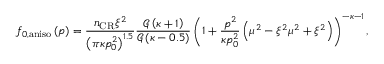
f _ { 0 , \mathrm { a n i s o } } \left( \boldsymbol { p } \right) = \frac { n _ { \mathrm { C R } } \xi ^ { 2 } } { \left( \pi \kappa p _ { 0 } ^ { 2 } \right) ^ { 1 . 5 } } \frac { \mathcal { G } \left( \kappa + 1 \right) } { \mathcal { G } \left( \kappa - 0 . 5 \right) } \left( 1 + \frac { p ^ { 2 } } { \kappa p _ { 0 } ^ { 2 } } \left( \mu ^ { 2 } - \xi ^ { 2 } \mu ^ { 2 } + \xi ^ { 2 } \right) \right) ^ { - \kappa - 1 } ,